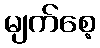
မျက်စေ့